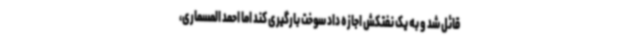
قائل شد و به یک نفتکش اجازه داد سوخت بارگیری کند اما احمد المسماری،